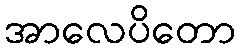
အာလေပိတော